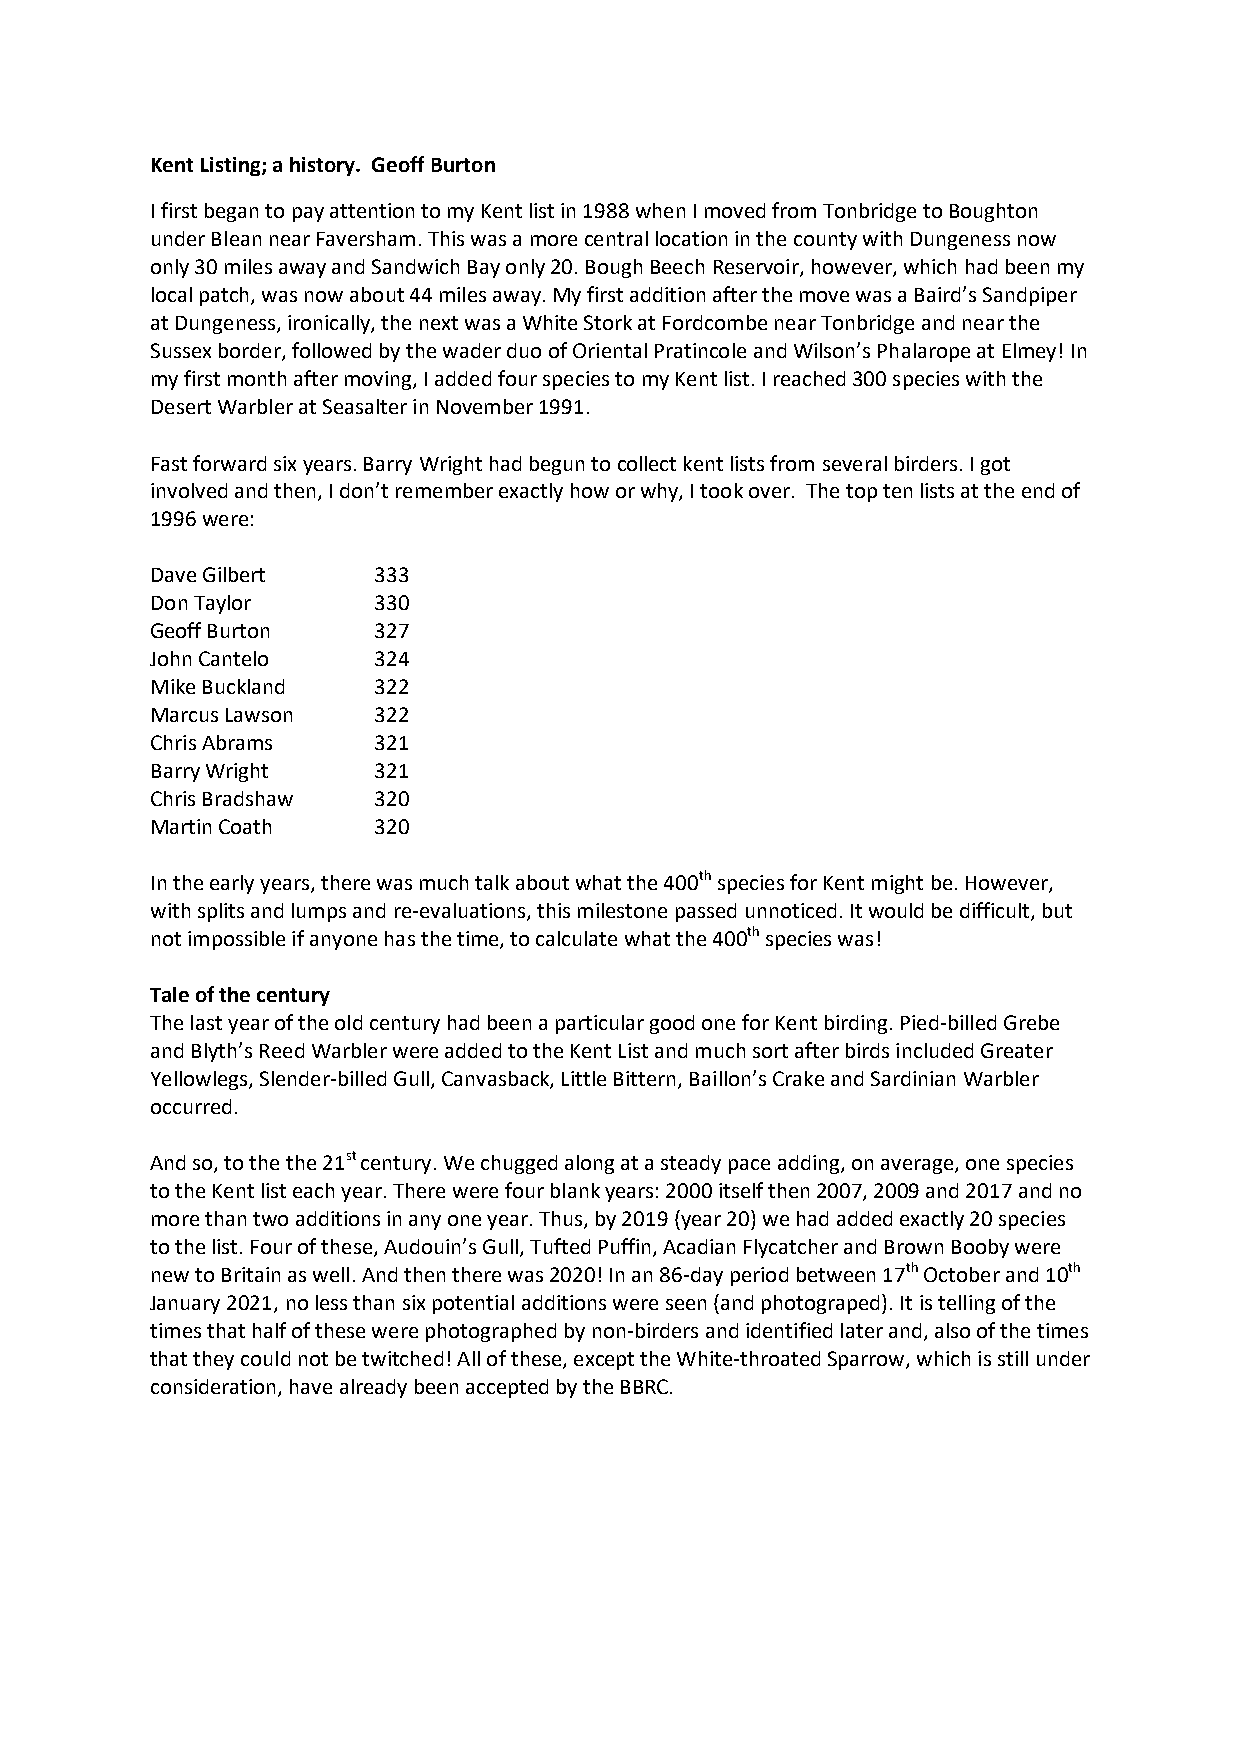
Kent Listing; a history. Geoff Burton
 I first began to pay attention to my Kent list in 1988 when I moved from Tonbridge to Boughton
 under Blean near Faversham. This was a more central location in the county with Dungeness now
 only 30 miles away and Sandwich Bay only 20. Bough Beech Reservoir, however, which had been my
 local patch, was now about 44 miles away. My first addition after the move was a Baird’s Sandpiper
 at Dungeness, ironically, the next was a White Stork at Fordcombe near Tonbridge and near the
 Sussex border, followed by the wader duo of Oriental Pratincole and Wilson’s Phalarope at Elmey! In
 my first month after moving, I added four species to my Kent list. I reached 300 species with the
 Desert Warbler at Seasalter in November 1991.
 Fast forward six years. Barry Wright had begun to collect kent lists from several birders. I got
 involved and then, I don’t remember exactly how or why, I took over. The top ten lists at the end of
 1996 were:
 Dave Gilbert   333
 Don Taylor     330
 Geoff Burton   327
 John Cantelo   324
 Mike Buckland  322
 Marcus Lawson  322
 Chris Abrams   321
 Barry Wright   321
 Chris Bradshaw 320
 Martin Coath   320
 In the early years, there was much talk about what the 400th species for Kent might be. However,
 with splits and lumps and re-evaluations, this milestone passed unnoticed. It would be difficult, but
 not impossible if anyone has the time, to calculate what the 400th species was!
 Tale of the century
 The last year of the old century had been a particular good one for Kent birding. Pied-billed Grebe
 and Blyth’s Reed Warbler were added to the Kent List and much sort after birds included Greater
 Yellowlegs, Slender-billed Gull, Canvasback, Little Bittern, Baillon’s Crake and Sardinian Warbler
 occurred.
 And so, to the the 21st century. We chugged along at a steady pace adding, on average, one species
 to the Kent list each year. There were four blank years: 2000 itself then 2007, 2009 and 2017 and no
 more than two additions in any one year. Thus, by 2019 (year 20) we had added exactly 20 species
 to the list. Four of these, Audouin’s Gull, Tufted Puffin, Acadian Flycatcher and Brown Booby were
 new to Britain as well. And then there was 2020! In an 86-day period between 17th October and 10th
 January 2021, no less than six potential additions were seen (and photograped). It is telling of the
 times that half of these were photographed by non-birders and identified later and, also of the times
 that they could not be twitched! All of these, except the White-throated Sparrow, which is still under
 consideration, have already been accepted by the BBRC.